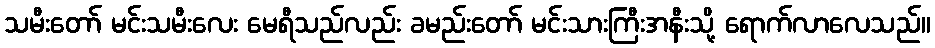
သမီးတော် မင်းသမီးလေး မေရီသည်လည်း ခမည်းတော် မင်းသားကြီးအနီးသို့ ရောက်လာလေသည်။